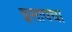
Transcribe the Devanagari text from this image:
इसापचा